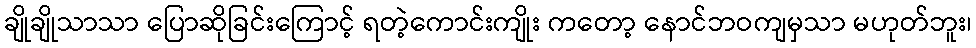
ချိုချိုသာသာ ပြောဆိုခြင်းကြောင့် ရတဲ့ကောင်းကျိုး ကတော့ နောင်ဘဝကျမှသာ မဟုတ်ဘူး၊